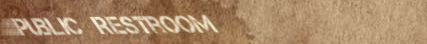
Public Restroom